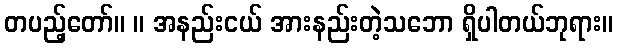
တပည့်တော်။ ။ အနည်းငယ် အားနည်းတဲ့သဘော ရှိပါတယ်ဘုရား။